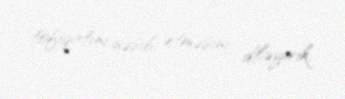
tofiqatını nəsib etməsini diləyirik.